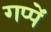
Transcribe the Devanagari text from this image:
गप्पें